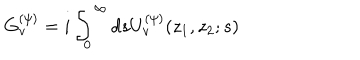
LaTeX: G _ { v } ^ { ( \psi ) } = i \int _ { 0 } ^ { \infty } d s U _ { v } ^ { ( \psi ) } ( z _ { 1 } , z _ { 2 } ; s )